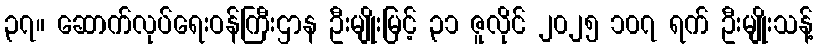
၃၇။ ဆောက်လုပ်ရေးဝန်ကြီးဌာန ဦးမျိုးမြင့် ၃၁ ဇူလိုင် ၂၀၂၅ ၁၀၇ ရက် ဦးမျိုးသန့်